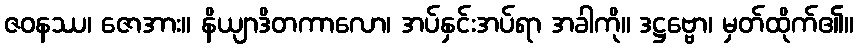
ဇဝနဿ၊ ဇောအား။ နိယျာဒိတကာလော၊ အပ်နှင်းအပ်ရာ အခါကို။ ဒဋ္ဌဗ္ဗော၊ မှတ်ထိုက်၏။